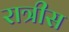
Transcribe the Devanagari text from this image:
रात्रीस